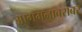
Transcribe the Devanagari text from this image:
आगमनाबरोबर